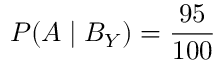
P ( A \mid B _ { Y } ) = { \frac { 9 5 } { 1 0 0 } }